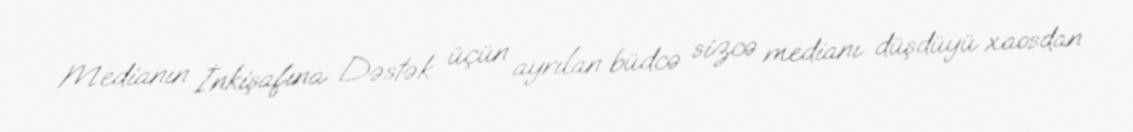
Medianın İnkişafına Dəstək üçün ayrılan büdcə sizcə medianı düşdüyü xaosdan